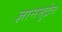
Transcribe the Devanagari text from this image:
ज्ञानमुद्रेत